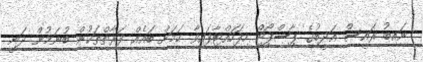
ނައިބު ރައީސް އަދީބުގެ ޕާސްޕޯޓް ހިފަހައްޓާފައިވާ ކަމަށް ބައެއް ފަރާތްތަކުން ބުނަމުން ދަނީ